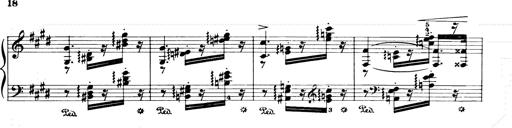
Title: Consolations and LiebestrÃ¤ume for the Piano
Composer: Franz Liszt